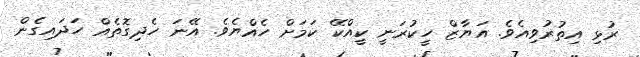
ރުޅި އިތުރުވިއެވެ. އަޔާޒް ހީކުރަނީ ކީއްކޭ ކަމަށް ހެއްޔެވެ. އޭނަ ހެދިގޮތެއް ހަދައިގެން